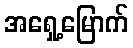
အရှေ့မြောက်